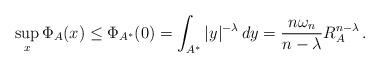
LaTeX: \begin{align*} \sup_{x} \Phi_A(x)\le \Phi_{A^*}(0) = \int_{A^*}|y|^{-\lambda}\, dy= \frac{n\omega_n}{n-\lambda}R_A^{n-\lambda}\,.\end{align*}